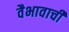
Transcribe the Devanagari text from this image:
वैभावाची